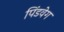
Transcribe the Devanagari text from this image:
पिंडवेग